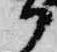
部